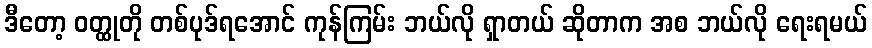
ဒီတော့ ဝတ္ထုတို တစ်ပုဒ်ရအောင် ကုန်ကြမ်း ဘယ်လို ရှာတယ် ဆိုတာက အစ ဘယ်လို ရေးရမယ်